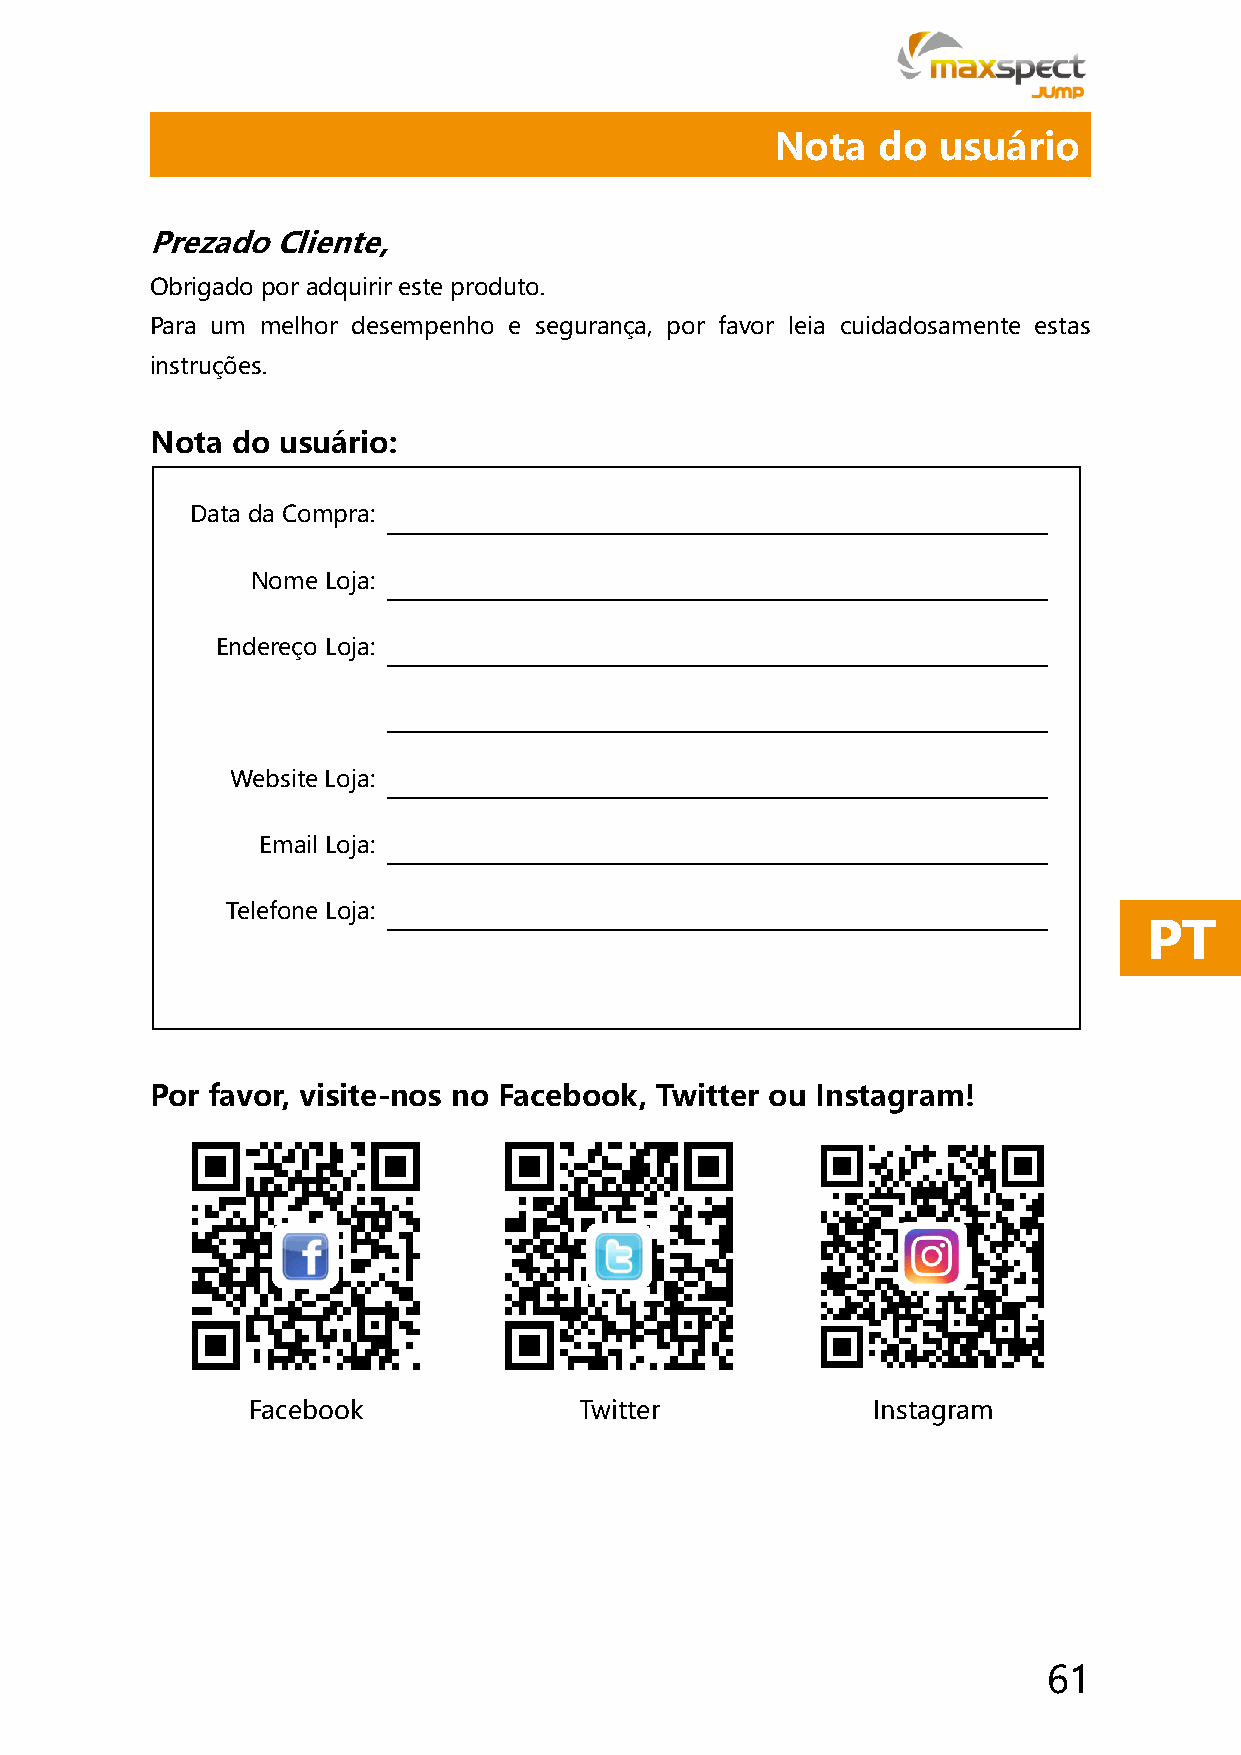
Nota   do  usuário
 Prezado Cliente,
 Obrigado por adquirir este produto.
 Para um melhor desempenho e segurança, por favor leia cuidadosamente estas
 instruções.
 Nota do usuário:
 Data da Compra:
 Nome Loja:
 Endereço Loja:
 Website Loja:
 Email Loja:
 Telefone Loja:
 PT
 Por favor, visite-nos no Facebook, Twitter ou Instagram!
 Facebook              Twitter             Instagram
 61